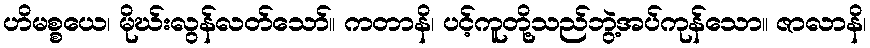
ဟိမစ္စယေ၊ မိုဃ်းလွန်လတ်သော်။ ကတာနိ၊ ပင့်ကူတို့သည်ဘွဲ့အပ်ကုန်သော။ ဇာလာနိ၊